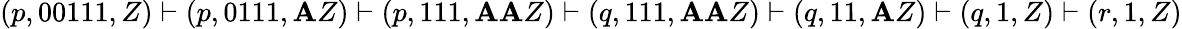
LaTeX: (p,00111,Z)\vdash(p,0111,\mathbf{A}Z)\vdash(p,111,\mathbf{A}\mathbf{A}Z)\vdash(q,111,\mathbf{A}\mathbf{A}Z)\vdash(q,11,\mathbf{A}Z)\vdash(q,1,Z)\vdash(r,1,Z)